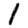
Digit: 1